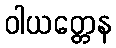
ဝါယတ္တေန